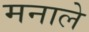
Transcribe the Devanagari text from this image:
मनाले